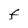
Character: F